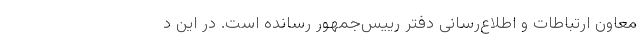
معاون ارتباطات و اطلاع‌رسانی دفتر رییس‌جمهور رسانده است. در این د